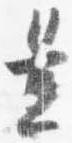
置